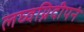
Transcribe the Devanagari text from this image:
लघ्वग्निदीपनं